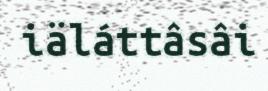
iäláttâsâi